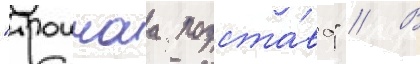
"троинаа подста́ва" // В